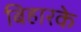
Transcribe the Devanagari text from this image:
बिहारके